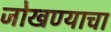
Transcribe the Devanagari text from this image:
जोखण्याचा